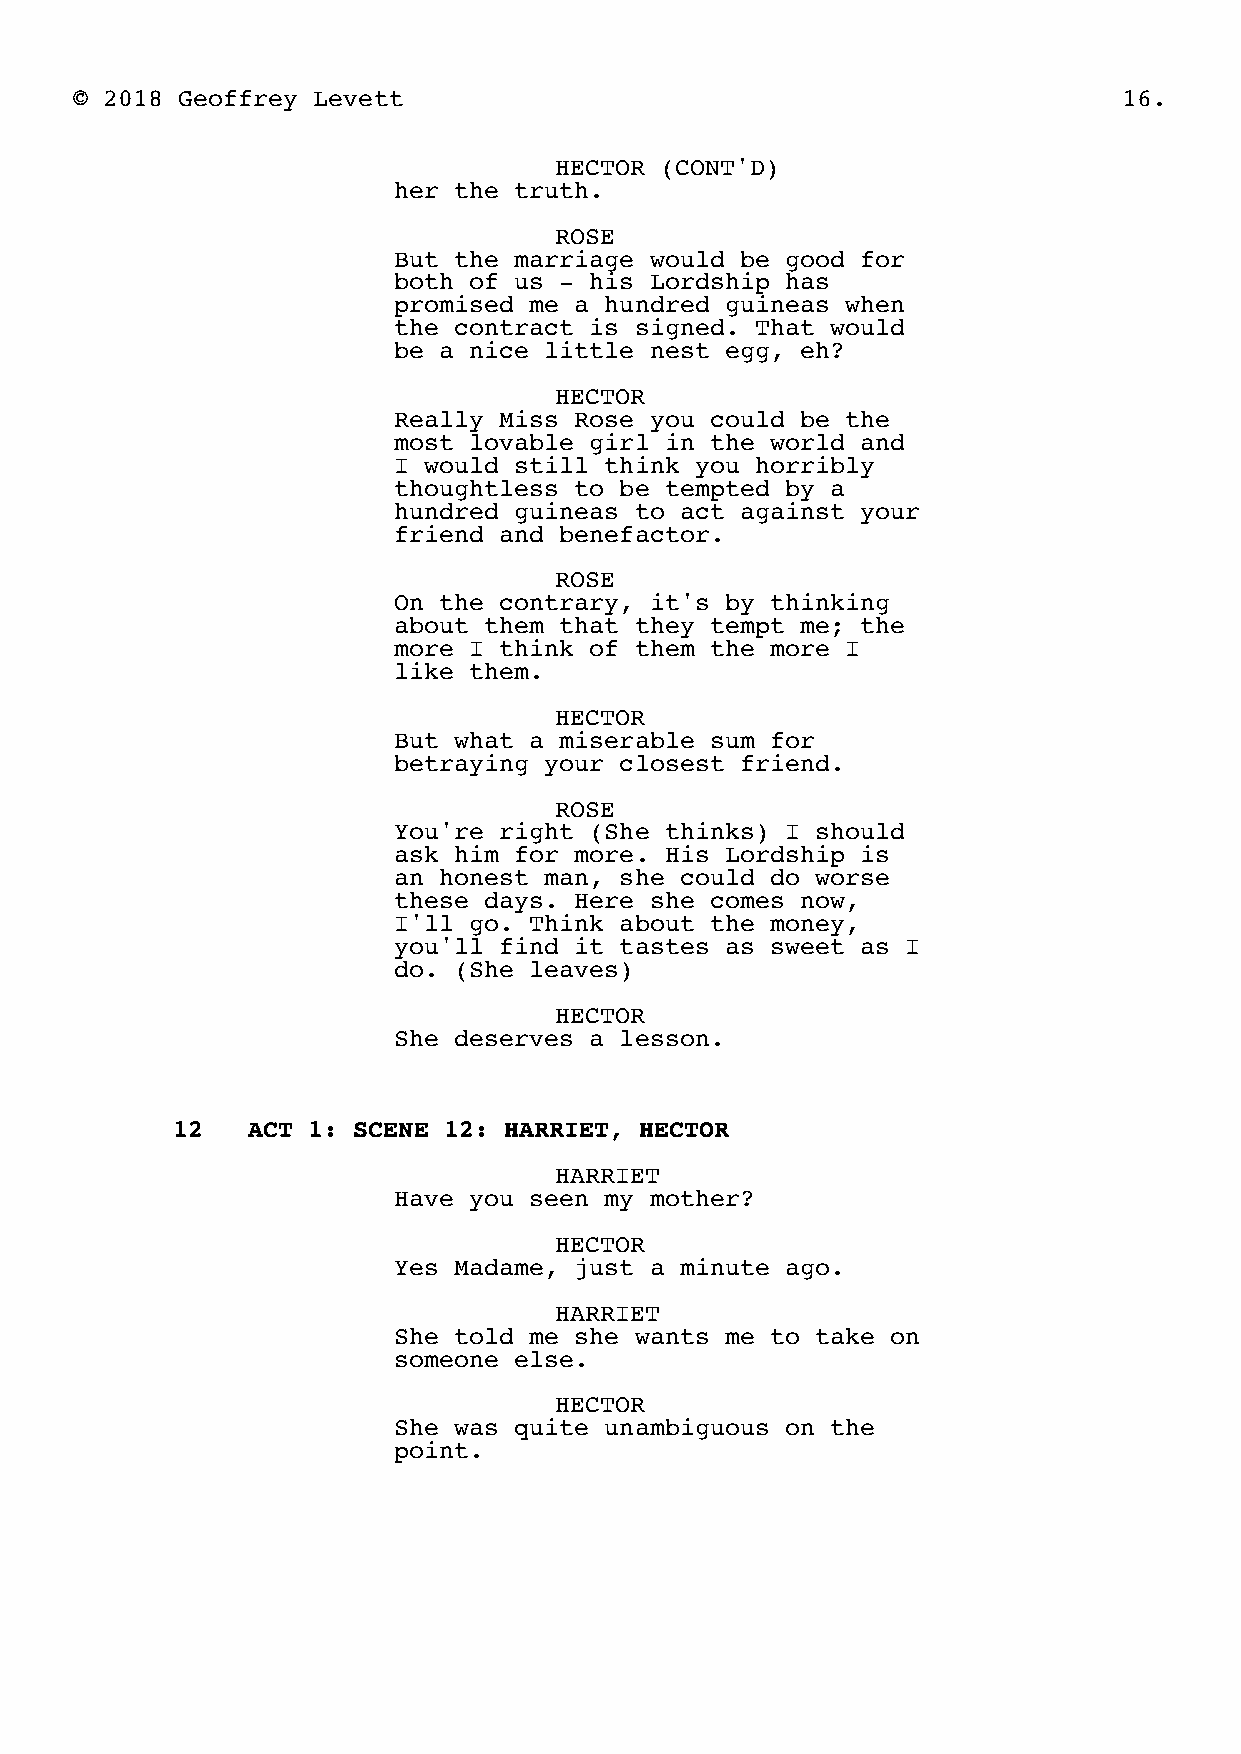
© 2018 Geoffrey Levett                                               16.
 HECTOR (CONT'D)
 her the truth.
 ROSE
 But the marriage would be good for
 both of us - his Lordship has
 promised me a hundred guineas when
 the contract is signed. That would
 be a nice little nest egg, eh?
 HECTOR
 Really Miss Rose you could be the
 most lovable girl in the world and
 I would still think you horribly
 thoughtless to be tempted by a
 hundred guineas to act against your
 friend and benefactor.
 ROSE
 On the contrary, it's by thinking
 about them that they tempt me; the
 more I think of them the more I
 like them.
 HECTOR
 But what a miserable sum for
 betraying your closest friend.
 ROSE
 You're right (She thinks) I should
 ask him for more. His Lordship is
 an honest man, she could do worse
 these days. Here she comes now,
 I'll go. Think about the money,
 you'll find it tastes as sweet as I
 do. (She leaves)
 HECTOR
 She deserves a lesson.
 12   ACT 1: SCENE 12: HARRIET, HECTOR
 HARRIET
 Have you seen my mother?
 HECTOR
 Yes Madame, just a minute ago.
 HARRIET
 She told me she wants me to take on
 someone else.
 HECTOR
 She was quite unambiguous on the
 point.